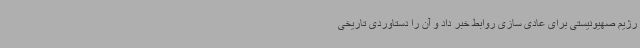
رژیم صهیونیستی برای عادی سازی روابط خبر داد و آن را دستاوردی تاریخی